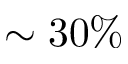
\sim 3 0 \%